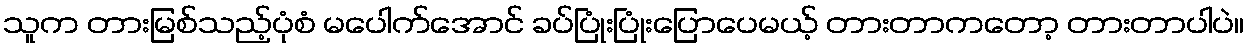
သူက တားမြစ်သည့်ပုံစံ မပေါက်အောင် ခပ်ပြုံးပြုံးပြောပေမယ့် တားတာကတော့ တားတာပါပဲ။